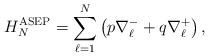
\begin{align*} H^{\rm ASEP}_N= \sum_{\ell=1}^N \big( p\nabla_\ell^- + q\nabla_\ell^+ \big)\,,\end{align*}